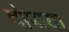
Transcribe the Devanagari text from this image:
दोपाया